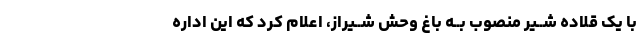
با یک قلاده شــیر منصوب بــه باغ وحش شــیراز، اعلام کرد که این اداره